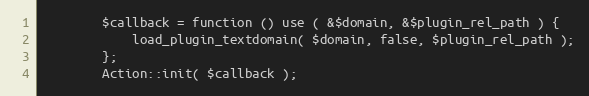
Language: PHP
		$callback = function () use ( &$domain, &$plugin_rel_path ) {
			load_plugin_textdomain( $domain, false, $plugin_rel_path );
		};
		Action::init( $callback );